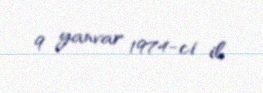
9 yanvar 1974-ci il